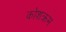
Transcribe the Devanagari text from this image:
कोशक्रम